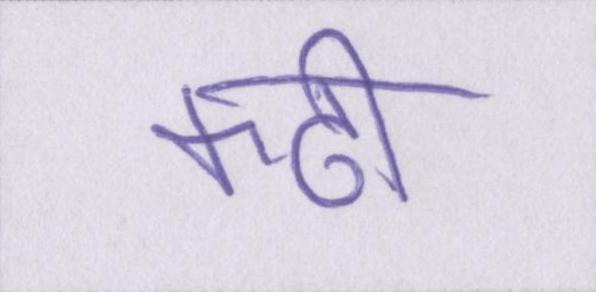
कढ़ी